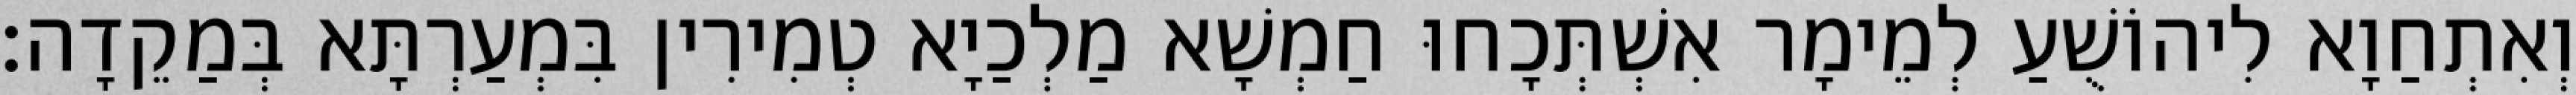
וְאִתְחַוָא לִיהוֹשֻׁעַ לְמֵימָר אִשְׁתְּכָחוּ חַמְשָׁא מַלְכַיָא טְמִירִין בִּמְעַרְתָּא בְּמַקֵדָה׃